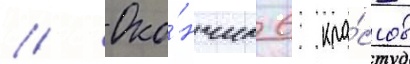
// Око́нчил 6 кла́ссов